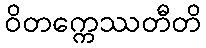
ဝိတက္ကေဿတီတိ